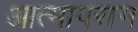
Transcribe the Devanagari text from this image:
आत्मापराग